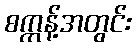
စက္ကန့်အတွင်း